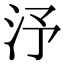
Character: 汿